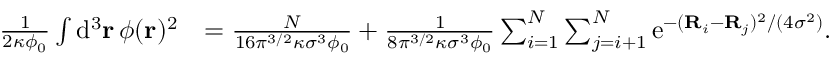
\begin{array} { r l } { \frac { 1 } { 2 \kappa \phi _ { 0 } } \int \mathrm { d } ^ { 3 } \mathbf { r } \, \phi ( \mathbf { r } ) ^ { 2 } } & { = \frac { N } { 1 6 \pi ^ { 3 / 2 } \kappa \sigma ^ { 3 } \phi _ { 0 } } + \frac { 1 } { 8 \pi ^ { 3 / 2 } \kappa \sigma ^ { 3 } \phi _ { 0 } } \sum _ { i = 1 } ^ { N } \sum _ { j = i + 1 } ^ { N } \mathrm { e } ^ { - ( \mathbf { R } _ { i } - \mathbf { R } _ { j } ) ^ { 2 } / ( 4 \sigma ^ { 2 } ) } . } \end{array}